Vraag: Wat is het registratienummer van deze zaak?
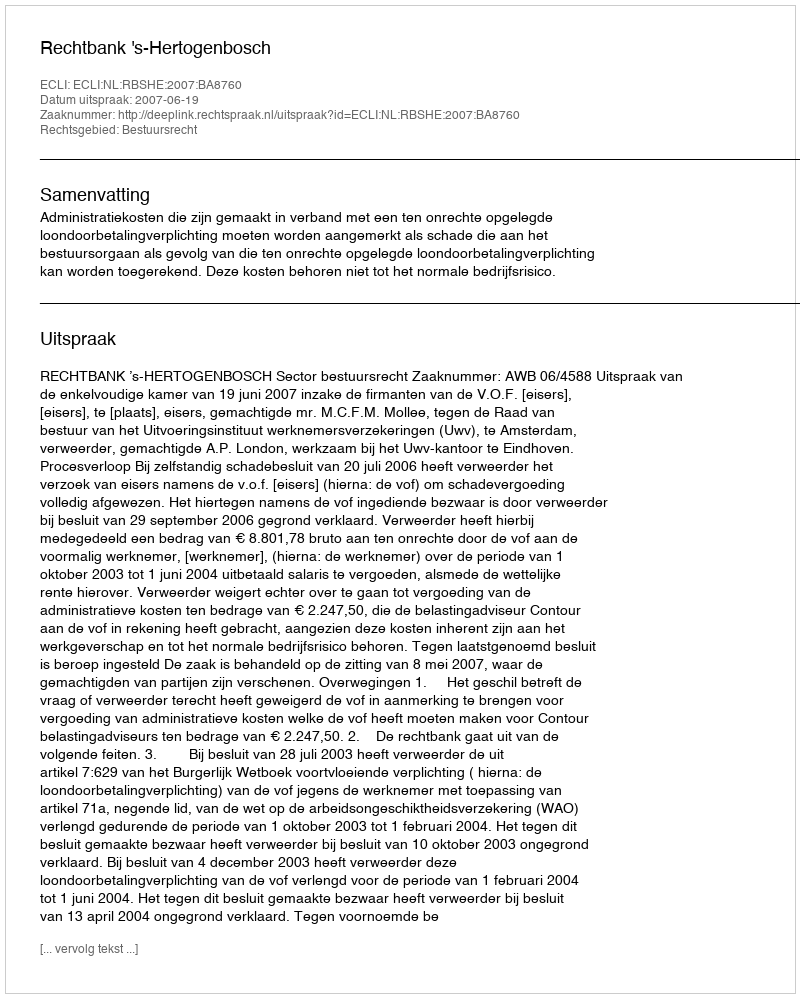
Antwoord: http://deeplink.rechtspraak.nl/uitspraak?id=ECLI:NL:RBSHE:2007:BA8760